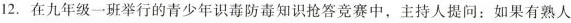
12.在九年级一班举行的青少年识毒防毒知识抢答竞赛中，主持人提问：如果有熟人